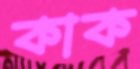
কাক